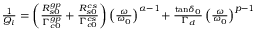
\begin{array} { r } { \frac { 1 } { Q _ { i } } = \left( \frac { R _ { s 0 } ^ { g p } } { \Gamma _ { c 0 } ^ { g p } } + \frac { R _ { s 0 } ^ { c s } } { \Gamma _ { c 0 } ^ { c s } } \right) \left( \frac { \omega } { \omega _ { 0 } } \right) ^ { \alpha - 1 } \! + \frac { { \tan \! \delta } _ { 0 } } { \Gamma _ { d } } \left( \frac { \omega } { \omega _ { 0 } } \right) ^ { p - 1 } } \end{array}